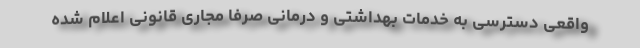
واقعی دسترسی به خدمات بهداشتی و درمانی صرفاً مجاری قانونی اعلام شده